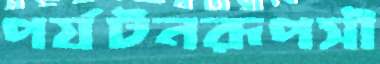
পর্যটনরূপসী